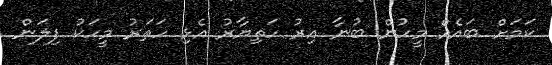
ކަމަށް ބައެއް މީހުން ބުނާ އިރު ހަތިޔާރު އެޅި ހަތަރު މީހަކު ފިލަން